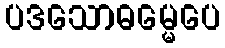
ပဒသောဓမ္မေပေ